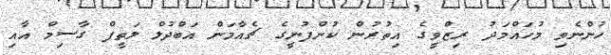
ހުންނެވި މުހައްމަދު ރިޒްވީގެ އިތުރުން ކުންފުނީގެ ޗެއާމަން އަބްދުލް ލަތީފް ގާސިމް އާއި